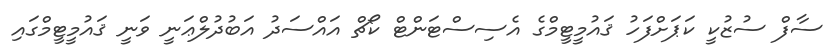
ސާފް ސުޒުކީ ކަޕަށްފަހު ޤައުމީޓީމްގެ އެސިސްޓަންޓް ކޯޗް އައްސަދު އަބުދުލްޢަނީ ވަނީ ޤައުމީޓީމްގައި